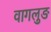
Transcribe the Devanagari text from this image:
वागलुङ